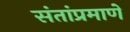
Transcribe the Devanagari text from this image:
संतांप्रमाणे